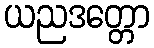
ယညဒတ္တော